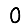
Digit: 0